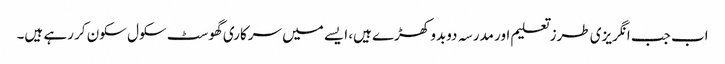
اب جب انگریزی طرزتعلیم اور مدرسہ دوبدو کھڑے ہیں، ایسے میں سرکاری گھوسٹ سکول سکون کر رہے ہیں۔